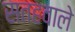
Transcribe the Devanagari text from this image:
सतहवाले